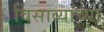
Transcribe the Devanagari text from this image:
विसाव्याच्या